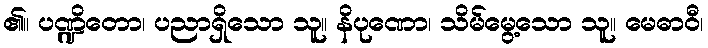
၏။ ပဏ္ဍိတော၊ ပညာရှိသော သူ။ နိပုဏော၊ သိမ်မွေ့သော သူ။ မေဓာဝီ၊